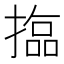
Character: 𱠫